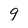
Character: q